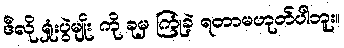
ဒီလို ရှုံးပွဲမျိုး ကို ခုမှ ကြုံခဲ့ ရတာမဟုတ်ပါဘူး။